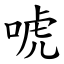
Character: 唬